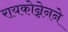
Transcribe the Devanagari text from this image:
रायकोन्नेनने